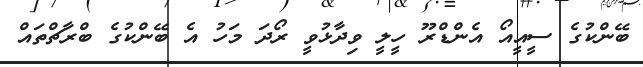
ބޭންކުގެ ސީއީއޯ އެންޑްރޫ ހީލީ ވިދާޅުވީ ރޯދަ މަހު އެ ބޭންކުގެ ބްރާޗްތައް